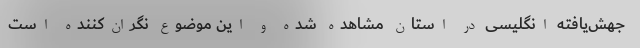
جهش‌یافته انگلیسی در استان مشاهده شده و این موضوع نگران‌کننده است